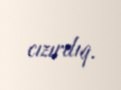
cızırdıq.